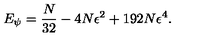
E _ { \psi } = \frac { N } { 3 2 } - 4 N \epsilon ^ { 2 } + 1 9 2 N \epsilon ^ { 4 } .